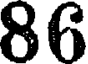
86